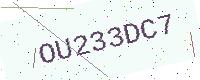
Text: OU233DC7